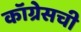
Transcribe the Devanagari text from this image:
कॉग्रेसची